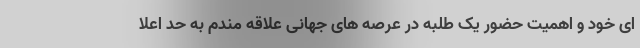
ای خود و اهمیت حضور یک طلبه در عرصه های جهانی علاقه مندم به حد اعلا